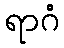
ရာဂံ